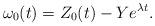
LaTeX: \begin{align*}\omega_0(t)=Z_0(t)-Y e^{\lambda t}.\end{align*}